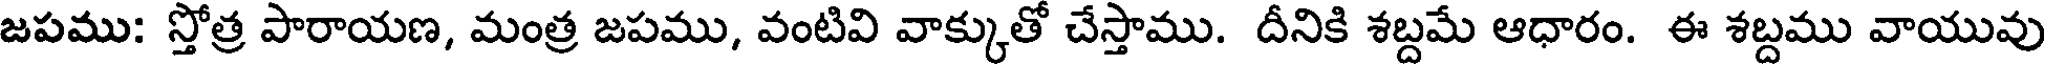
జపము: స్తోత్ర పారాయణ, మంత్ర జపము, వంటివి వాక్కుతో చేస్తాము. దీనికి శబ్దమే ఆధారం. ఈ శబ్దము వాయువు